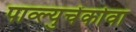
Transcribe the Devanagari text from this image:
पाव्ल्युचेंकोवा